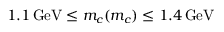
1 . 1 \, \mathrm { G e V } \le m _ { c } ( m _ { c } ) \le 1 . 4 \, \mathrm { G e V }